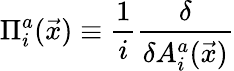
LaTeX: \Pi_{i}^{a}(\vec{x})\equiv\frac{1}{i}\frac{\delta}{\delta A_{i}^{a}(\vec{x})}